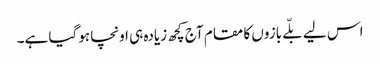
اس لیے بلّے بازوں کا مقام آج کچھ زیادہ ہی اونچا ہوگیا ہے۔